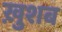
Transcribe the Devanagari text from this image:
ख़ुशब